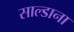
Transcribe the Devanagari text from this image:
साल्डाना